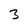
Character: 3